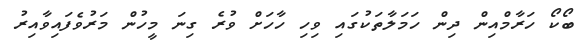
ބޯކޯ ހަރާމްއިން ދިން ހަމަލާތަކުގައި ވިހި ހާހަށް ވުރެ ގިނަ މީހުން މަރުވެފައިވާއިރު